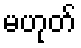
မဟုတ်